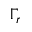
\Gamma _ { r }